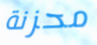
محزنة